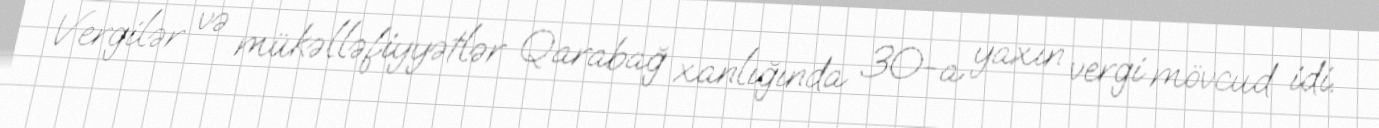
Vergilər və mükəlləfiyyətlər Qarabağ xanlığında 30-a yaxın vergi mövcud idi.